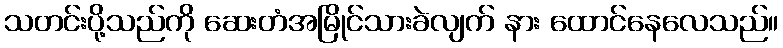
သတင်းပို့သည်ကို ဆေးတံအမြိုင်သားခဲလျက် နား ထောင်နေလေသည်။